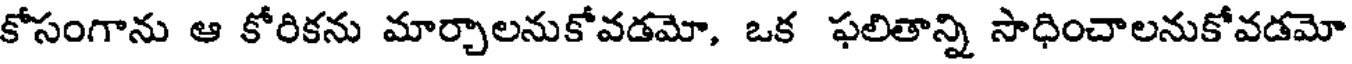
కోసంగాను ఆ కోరికను మార్చాలనుకోవడమో, ఒక ఫలితాన్ని సాధించాలనుకోవడమో